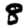
Digit: 8